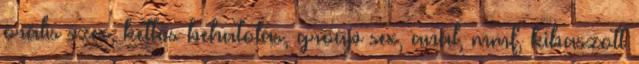
orális szex, kettős behatolás, group sex, anál, mmf, kibaszott